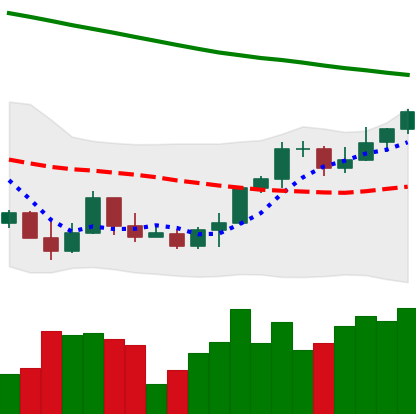
Ticker: ETH-USD
Chart end date: 2022-03-24
Forward return: 9.457%
Label: up_7plus